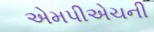
એમપીએચની